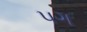
પગ